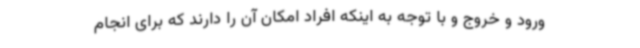
ورود و خروج و با توجه به اینکه افراد امکان آن را دارند که برای انجام